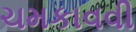
ચમકાવવી